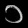
Digit: ၁